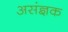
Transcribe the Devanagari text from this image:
असंज्ञक